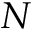
N